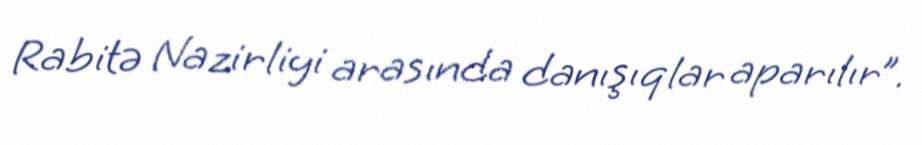
Rabitə Nazirliyi arasında danışıqlar aparılır”.